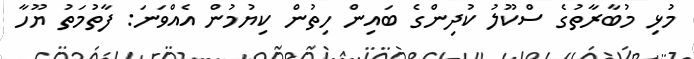
މުޅި މުބާރާތުގެ ސްކޫލު ކުދިންގެ ބައިން ހިތުން ކިޔުމުން އެއްވަނަ: ފާތުމަތު ޔޫހާ